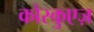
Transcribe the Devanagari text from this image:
कोस्कुएज़